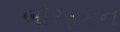
બોરફૂકન